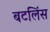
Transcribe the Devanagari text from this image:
बटलिंस